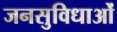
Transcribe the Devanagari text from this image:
जनसुविधाओं